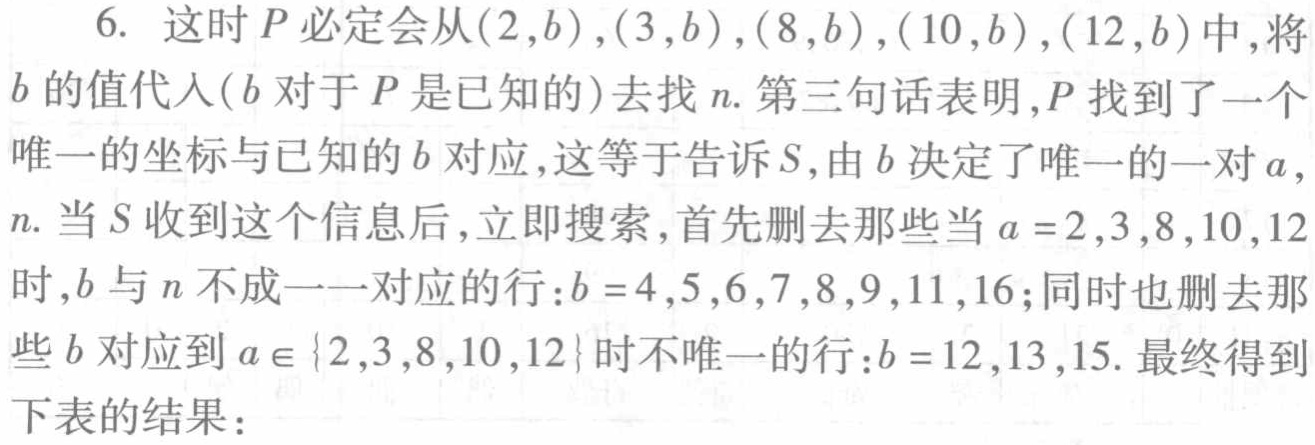
6. 这时 \(P\) 必定会从\((2,b),(3,b),(8,b),(10,b),(12,b)\)中，将\(b\)的值代入(\(b\)对于 \(P\) 是已知的)去找 \(n\). 第三句话表明，\(P\) 找到了一个唯一的坐标与已知的 \(b\) 对应，这等于告诉 \(S\)，由 \(b\) 决定了唯一的一对 \(a\)，\(n\). 当 \(S\) 收到这个信息后，立即搜索，首先删去那些当 \(a = 2,3,8,10,12\) 时，\(b\) 与 \(n\) 不成一一对应的行：\(b = 4,5,6,7,8,9,11,16\)；同时也删去那些 \(b\) 对应到 \(a\in\{2,3,8,10,12\}\) 时不唯一的行：\(b = 12,13,15\). 最终得到下表的结果：